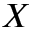
X